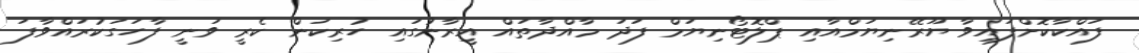
ފައްކާކޮށްފައިވާ ޔޫރޭނިޔަމްއާއި ޕްލޮޓޯނިޔަމް ފަދަ މާއްދާތައް އީރާނުގައި ހުރިކަން ކެރީ ވަނީ ފާހަގަކުރައްވާފަ